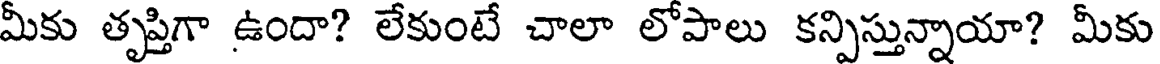
మీకు తృప్తిగా ఉందా? లేకుంటే చాలా లోపాలు కన్పిస్తున్నాయా? మీకు